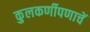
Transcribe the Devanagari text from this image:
कुलकर्णीपणाचें